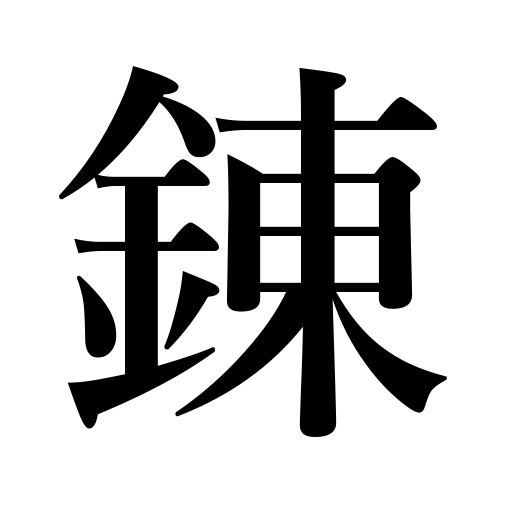
Meanings: train,polish sentences,refine metals,drill